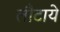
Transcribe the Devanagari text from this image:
लौटाये